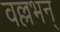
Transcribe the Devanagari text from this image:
वल्लभन्